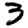
Digit: 3